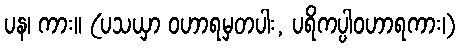
ပန၊ ကား။ (ပသယှာ ဝဟာရမှတပါး, ပရိကပ္ပါဝဟာရကား၊)